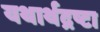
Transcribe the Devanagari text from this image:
यथार्थद्रष्टा